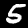
Digit: 5